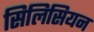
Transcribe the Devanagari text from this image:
सिलिसियन